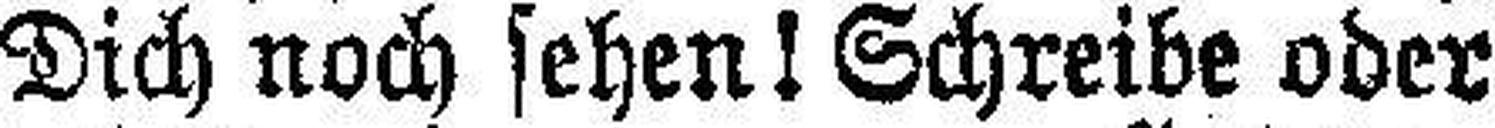
Dich noch sehen! Schreibe oder